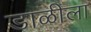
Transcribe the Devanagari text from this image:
डाळीला